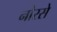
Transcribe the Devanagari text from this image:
नोरसे